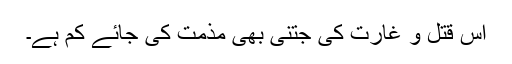
اس قتل و غارت کی جتنی بھی مذمت کی جائے کم ہے۔